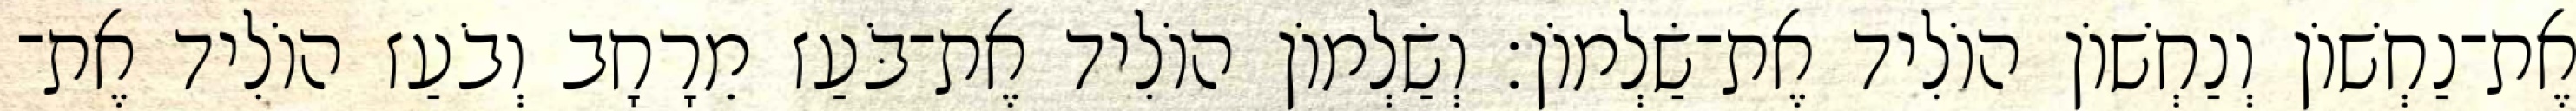
אֶת־נַחְשׁוֹן וְנַחְשׁוֹן הוֹלִיד אֶת־שַׂלְמוֹן׃ וְשַׂלְמוֹן הוֹלִיד אֶת־בֹּעַז מֵרָחָב וְבֹעַז הוֹלִיד אֶת־